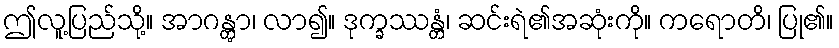
ဤလူ့ပြည်သို့။ အာဂန္တွာ၊ လာ၍။ ဒုက္ခဿန္တံ၊ ဆင်းရဲ၏အဆုံးကို။ ကရောတိ၊ ပြု၏။